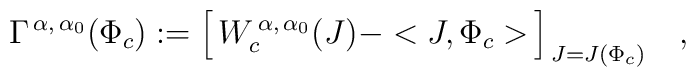
\Gamma^{\,\alpha,\,\alpha_{0}}(\Phi_{c}):=\Bigl [ \,W_{c}^{\,\alpha,\,\alpha_{0}}(J) - < J ,\Phi_{c}>\,   \Bigr ]_{\,J=J(\Phi_{c})} \quad,